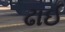
ઢાઈ